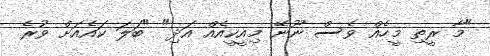
"މާ ރީތި މީހެއް ވެސް ނޫނޭ މިއީކީއެއް އަދި" "ބަލަ ކައެއަށް ވުރެ